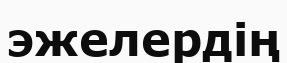
эжелердің